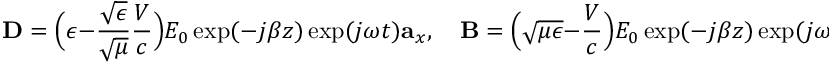
\mathbf { D } = \Big ( \epsilon - \frac { \sqrt { \epsilon } } { \sqrt { \mu } } { \frac { V } { c } } \Big ) E _ { 0 } \exp ( - j \beta z ) \exp ( j \omega t ) \mathbf { a } _ { x } , \quad \mathbf { B } = \Big ( \sqrt { \mu \epsilon } - { \frac { V } { c } } \Big ) E _ { 0 } \exp ( - j \beta z ) \exp ( j \omega t ) \mathbf { a } _ { y } .